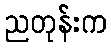
ညတုန်းက